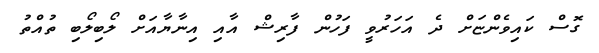
ގޮސް ކައިވެންޏަށް ދެ އަހަރުވީ ފަހުން ފާރިޝް އާއި އިނާޔާއަށް ލޯބިލޯބި ތުއްތު